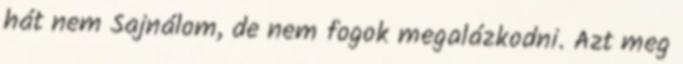
hát nem Sajnálom, de nem fogok megalázkodni. Azt meg